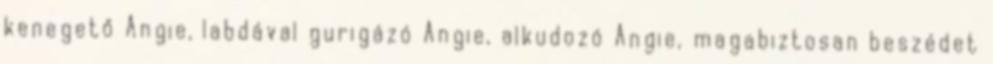
kenegető Angie, labdával gurigázó Angie, alkudozó Angie, magabiztosan beszédet